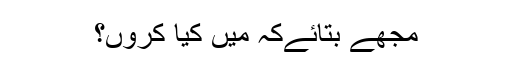
مجھے بتائےکہ میں کیا کروں؟